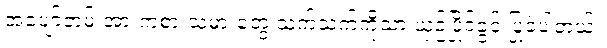
အပျော်တမ်းအားကစားသမားတွေ သက်သက်ကိုသာ ယှဉ်ပြိုင်ခွင့် ပြုခဲ့ပါတယ်။